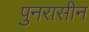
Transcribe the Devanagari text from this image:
पुनरासीन